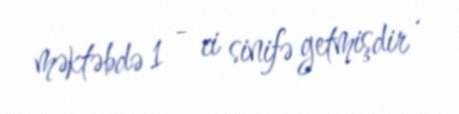
məktəbdə 1 - ci sinifə getmişdir .